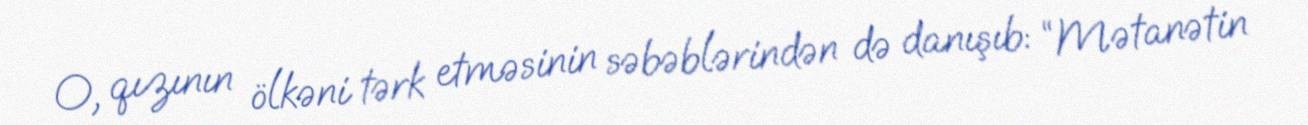
O, qızının ölkəni tərk etməsinin səbəblərindən də danışıb: “Mətanətin